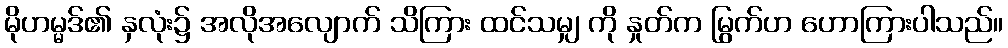
မိုဟမ္မဒ်၏ နှလုံး၌ အလိုအလျောက် သိကြား ထင်သမျှ ကို နှုတ်က မြွက်ဟ ဟောကြားပါသည်။